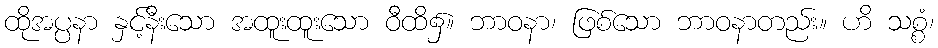
ထိုအပ္ပနာ နှင့်နီးသော အထူးထူးသော ဝီထိ၌။ ဘာဝနာ၊ ဖြစ်သော ဘာဝနာတည်း။ ဟိ သစ္စံ၊